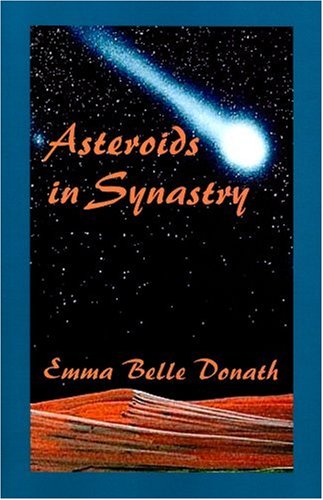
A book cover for Asteroids in Synastry; Emma Belle Donath; Science & Math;